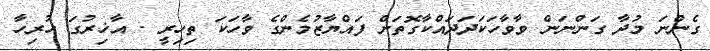
ގެންނަ މުދާ ގަންނަން ވާވާހަކަދަދައްކާގޮތަށް ފައްޔާޒުމެންގެ ވާހަކަ ތިހިރީ . އާޚިރުގަ ހުރިހާ